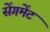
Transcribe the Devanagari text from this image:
सेंगमेंट